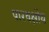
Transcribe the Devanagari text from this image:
पारवक्षीय